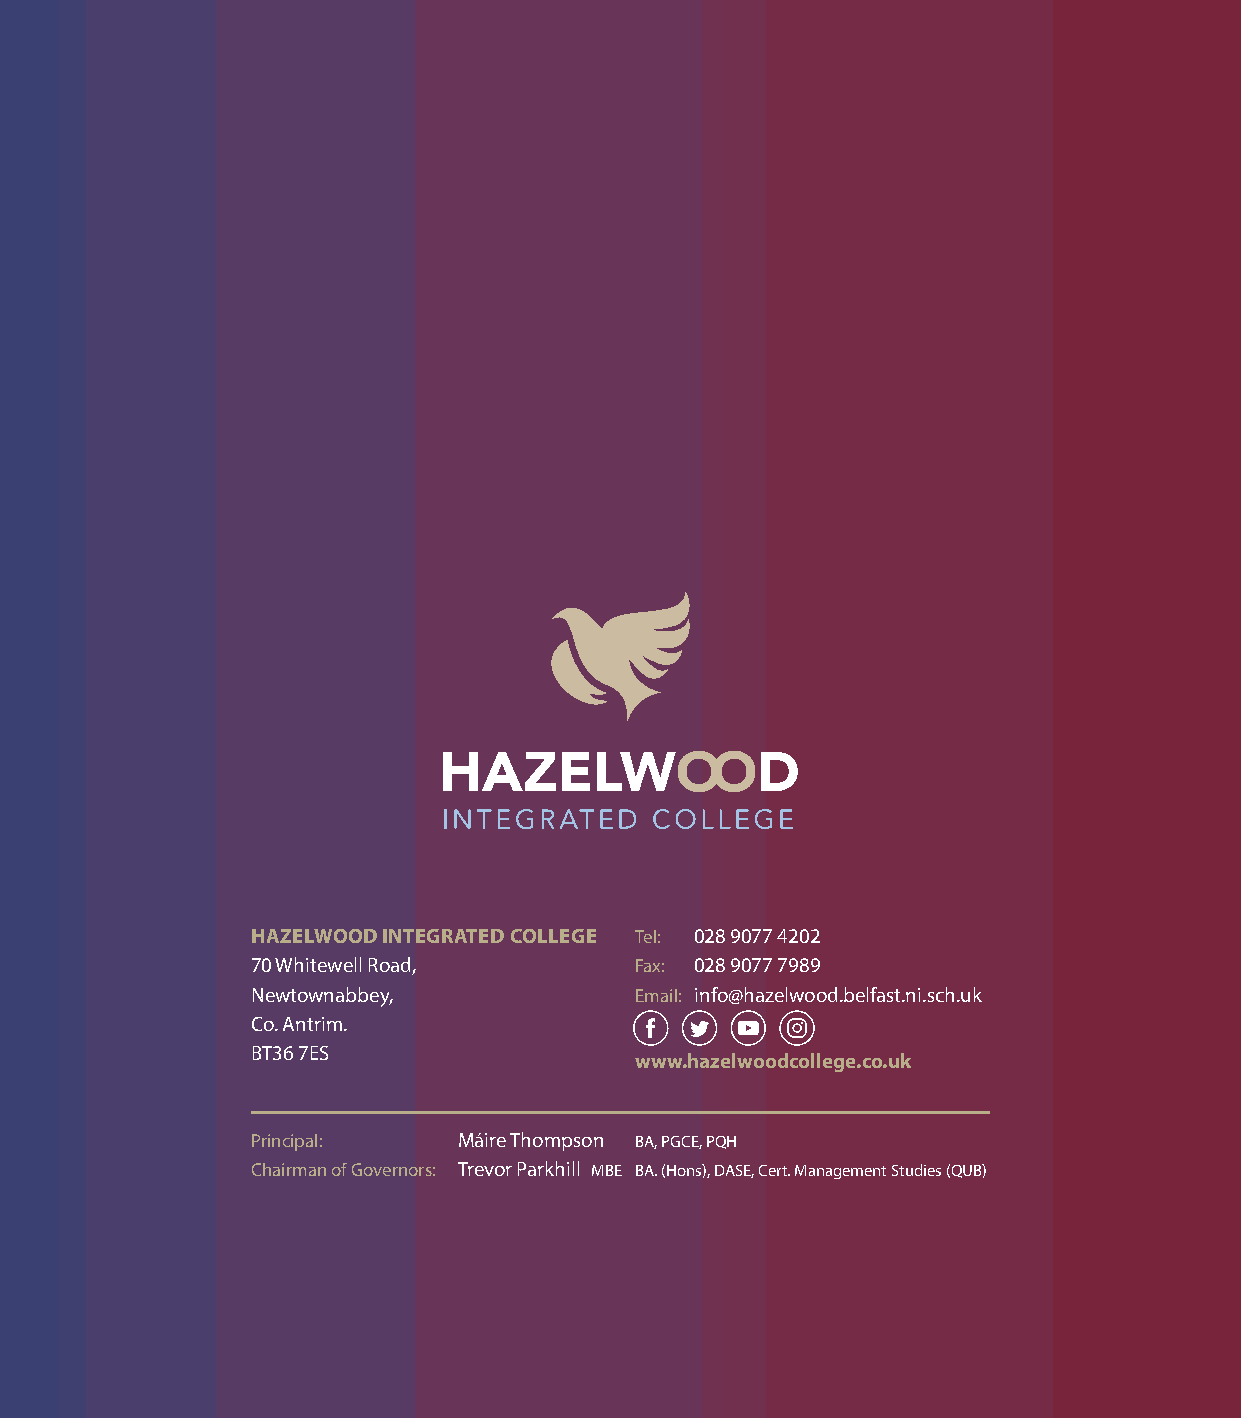
HAZELWOOD INTEGRATED COLLEGE Tel: 028 9077 4202
 70 Whitewell Road,       Fax: 028 9077 7989
 Newtownabbey,            Email: info@hazelwood.belfast.ni.sch.uk
 Co. Antrim.
 BT36 7ES
 www.hazelwoodcollege.co.uk
 Principal:   Máire Thompson BA, PGCE, PQH
 Chairman of Governors: Trevor Parkhill MBE BA. (Hons), DASE, Cert. Management Studies (QUB)